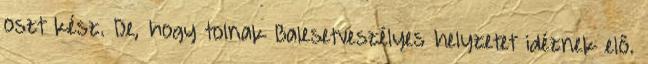
oszt kész. De, hogy tolnak Balesetveszélyes helyzetet idéznek elő.